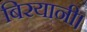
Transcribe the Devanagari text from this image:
बिरयानी।